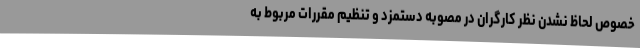
خصوص لحاظ نشدن نظر کارگران در مصوبه دستمزد و تنظیم مقررات مربوط به